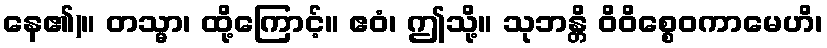
နေ၏)။ တသ္မာ၊ ထို့ကြောင့်။ ဧဝံ၊ ဤသို့။ သုဘန္တိ ဝိဝိစ္စေဝကာမေဟိ၊